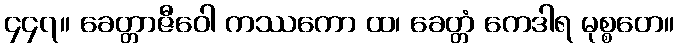
၄၄၇။ ခေတ္တာဇီဝေါ ကဿကော ထ၊ ခေတ္တံ ကေဒါရ မုစ္စတေ။